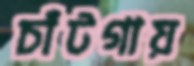
চাঁটগায়